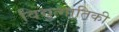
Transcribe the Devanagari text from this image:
विद्युत्गातिकी